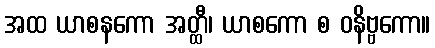
အထ ယာစနကော အတ္ထီ၊ ယာစကော စ ဝနိဗ္ဗကော။